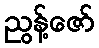
ညွန့်ဇော်